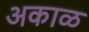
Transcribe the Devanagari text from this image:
अकाळ